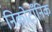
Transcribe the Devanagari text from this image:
निकोटाँनिक